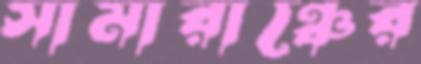
সামারাঞ্চের